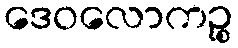
ဒေဝလောကဉ္စ